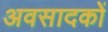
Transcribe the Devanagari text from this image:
अवसादकों